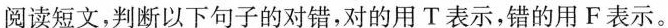
阅读短文,判断以下句子的对错,对的用 T表示,错的用 F表示。